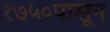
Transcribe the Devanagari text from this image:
१७५०पासून